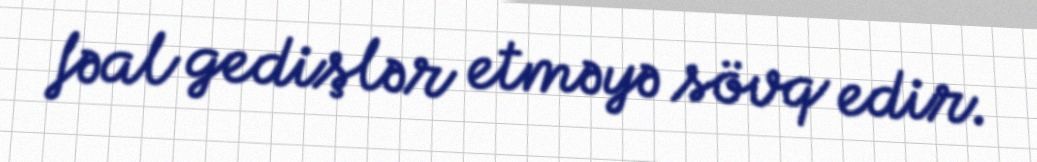
fəal gedişlər etməyə sövq edir.